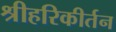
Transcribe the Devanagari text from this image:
श्रीहरिकीर्तन